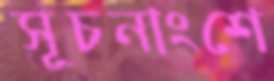
সূচনাংশে